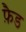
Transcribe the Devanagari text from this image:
फ़ैड